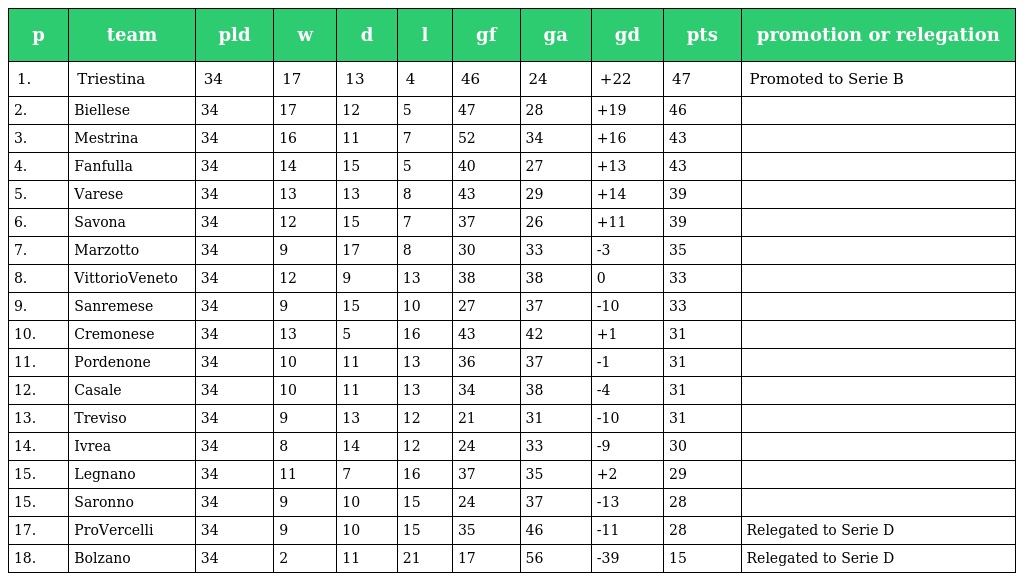
| p | team | pld | w | d | l | gf | ga | gd | pts | promotion or relegation |
 | --- | --- | --- | --- | --- | --- | --- | --- | --- | --- | --- |
 | 1. | Triestina | 34 | 17 | 13 | 4 | 46 | 24 | +22 | 47 | Promoted to Serie B |
 | 2. | Biellese | 34 | 17 | 12 | 5 | 47 | 28 | +19 | 46 |  |
 | 3. | Mestrina | 34 | 16 | 11 | 7 | 52 | 34 | +16 | 43 |  |
 | 4. | Fanfulla | 34 | 14 | 15 | 5 | 40 | 27 | +13 | 43 |  |
 | 5. | Varese | 34 | 13 | 13 | 8 | 43 | 29 | +14 | 39 |  |
 | 6. | Savona | 34 | 12 | 15 | 7 | 37 | 26 | +11 | 39 |  |
 | 7. | Marzotto | 34 | 9 | 17 | 8 | 30 | 33 | -3 | 35 |  |
 | 8. | VittorioVeneto | 34 | 12 | 9 | 13 | 38 | 38 | 0 | 33 |  |
 | 9. | Sanremese | 34 | 9 | 15 | 10 | 27 | 37 | -10 | 33 |  |
 | 10. | Cremonese | 34 | 13 | 5 | 16 | 43 | 42 | +1 | 31 |  |
 | 11. | Pordenone | 34 | 10 | 11 | 13 | 36 | 37 | -1 | 31 |  |
 | 12. | Casale | 34 | 10 | 11 | 13 | 34 | 38 | -4 | 31 |  |
 | 13. | Treviso | 34 | 9 | 13 | 12 | 21 | 31 | -10 | 31 |  |
 | 14. | Ivrea | 34 | 8 | 14 | 12 | 24 | 33 | -9 | 30 |  |
 | 15. | Legnano | 34 | 11 | 7 | 16 | 37 | 35 | +2 | 29 |  |
 | 15. | Saronno | 34 | 9 | 10 | 15 | 24 | 37 | -13 | 28 |  |
 | 17. | ProVercelli | 34 | 9 | 10 | 15 | 35 | 46 | -11 | 28 | Relegated to Serie D |
 | 18. | Bolzano | 34 | 2 | 11 | 21 | 17 | 56 | -39 | 15 | Relegated to Serie D |